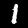
Digit: 1